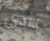
تأذى